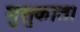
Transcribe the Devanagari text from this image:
मुसुकात।